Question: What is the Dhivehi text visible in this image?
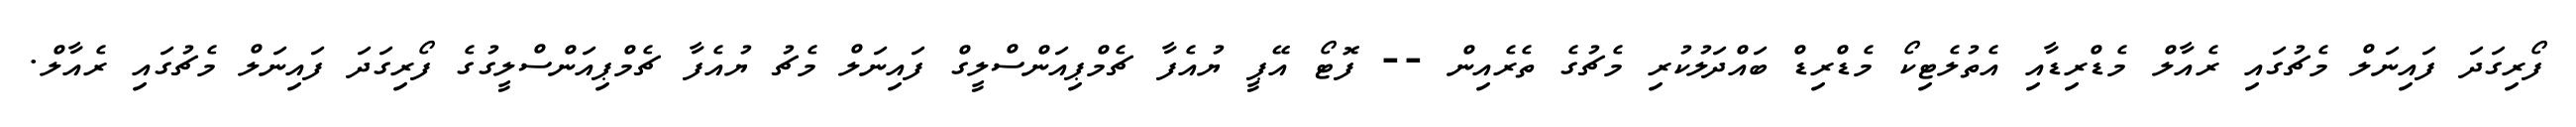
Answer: ފޯރިގަދަ ފައިނަލް މެޗުގައި ރެއާލް މެޑްރިޑާއި އެތުލެޓިކޯ މެޑްރިޑް ބައްދަލުކުރި މެޗުގެ ތެރެއިން -- ފޮޓޯ އޭޕީ ޔުއެފާ ޗެމްޕިއަންސްލީގް ފައިނަލް މެޗު ޔުއެފާ ޗެމްޕިއަންސްލީގުގެ ފޯރިގަދަ ފައިނަލް މެޗުގައި ރެއާލް.